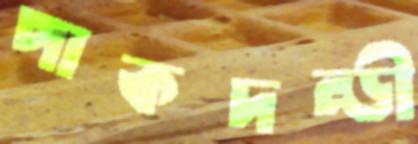
পাকদন্ডী